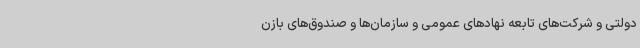
دولتی و شرکت‌های تابعه نهادهای عمومی و سازمان‌ها و صندوق‌های بازن